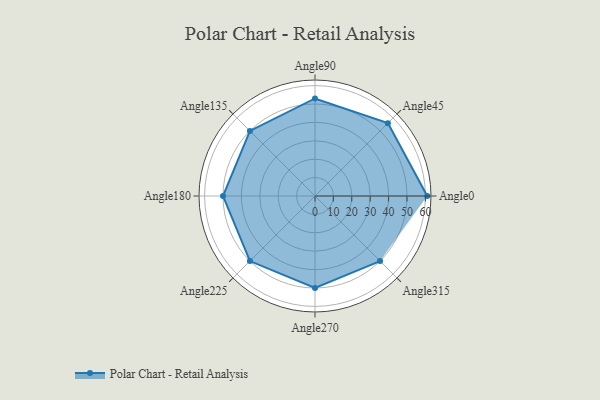
{"axis": {"x": "Angle", "y": "Radius"}, "legend": [""], "data": [{"x": "Angle0", "y": 61.0, "type": ""}, {"x": "Angle45", "y": 56.0, "type": ""}, {"x": "Angle90", "y": 53.0, "type": ""}, {"x": "Angle135", "y": 50, "type": ""}, {"x": "Angle180", "y": 50, "type": ""}, {"x": "Angle225", "y": 50, "type": ""}, {"x": "Angle270", "y": 50, "type": ""}, {"x": "Angle315", "y": 50, "type": ""}]}